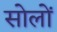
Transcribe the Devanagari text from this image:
सोलों